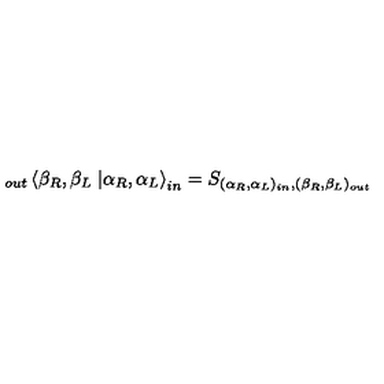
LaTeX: \displaystyle _ { o u t } \left\langle \beta _ { R } , \beta _ { L } \right. \left| \alpha _ { R } , \alpha _ { L } \right\rangle _ { i n } = S _ { ( \alpha _ { R } , \alpha _ { L } ) _ { i n } , ( \beta _ { R } , \beta _ { L } ) _ { o u t } }